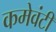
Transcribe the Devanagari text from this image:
कमेवंटी